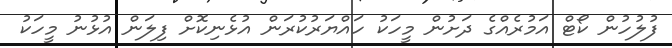
ފުލުހުން ކޯޓް އަމުރެއްގެ ދަށުން މީހަކު ހައްޔަރުކުރަން އުޅެނިކޮށް ފިލަން އުޅުނު މީހަކު